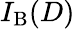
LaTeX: I_{\mathrm{B}}(D)